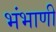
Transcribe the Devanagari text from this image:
भंभाणी